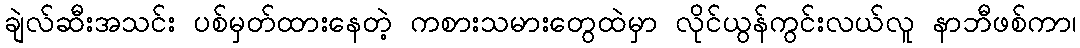
ချဲလ်ဆီးအသင်း ပစ်မှတ်ထားနေတဲ့ ကစားသမားတွေထဲမှာ လိုင်ယွန်ကွင်းလယ်လူ နာဘီဖစ်ကာ၊